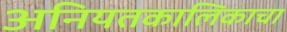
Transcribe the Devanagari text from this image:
अनियतकालिकाचा